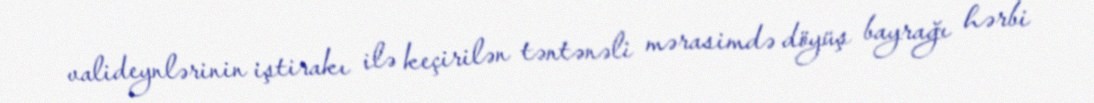
valideynlərinin iştirakı ilə keçirilən təntənəli mərasimdə döyüş bayrağı hərbi